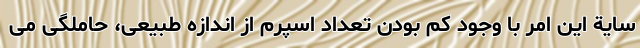
سایة این امر با وجود کم بودن تعداد اسپرم از اندازه طبیعی، حاملگی می